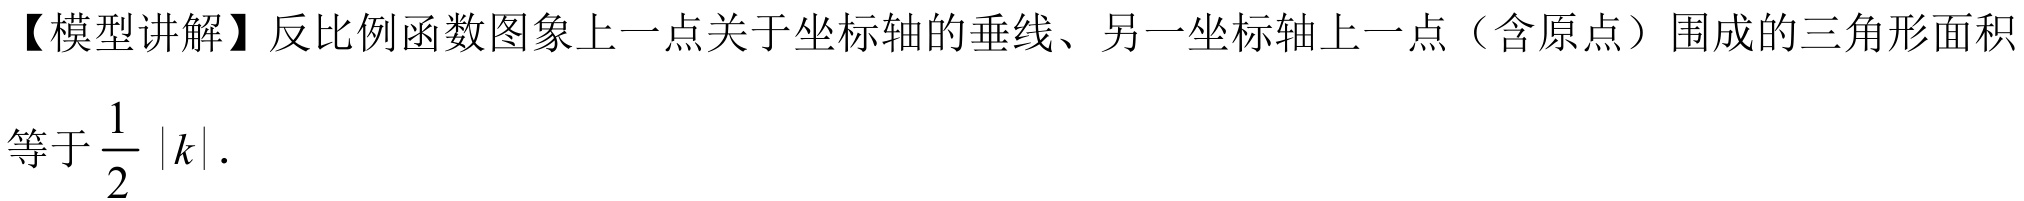
【模型讲解】反比例函数图象上一点关于坐标轴的垂线、另一坐标轴上一点（含原点）围成的三角形面积
等于 \(\frac{1}{2}|k|\).